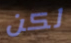
لكن